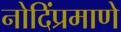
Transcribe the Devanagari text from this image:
नोदिंप्रमाणे